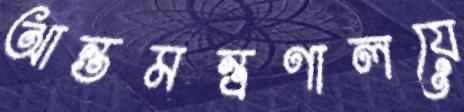
আন্তমন্ত্রণালয়ে